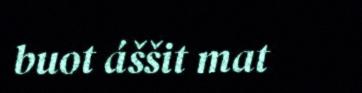
buot áššit mat